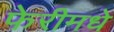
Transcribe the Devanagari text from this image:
फेरीमधे